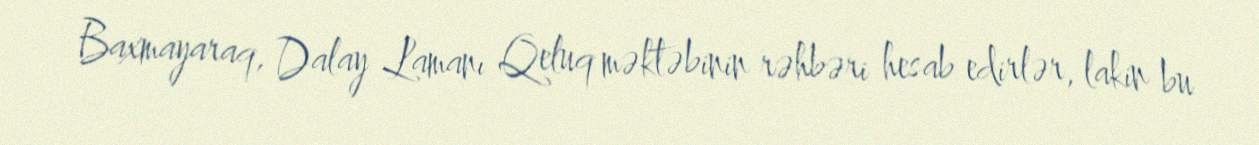
Baxmayaraq, Dalay Lamanı Qeluq məktəbinin rəhbəri hesab edirlər, lakin bu